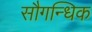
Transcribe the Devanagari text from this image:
सौगन्धिक